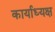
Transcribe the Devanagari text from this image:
कार्याध्‍यक्ष